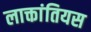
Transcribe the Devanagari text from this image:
लाक्तांतियस